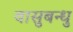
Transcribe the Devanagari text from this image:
वासुबन्धु